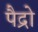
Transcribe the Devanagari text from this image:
पैद्रो